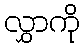
လွှာကို